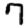
Digit: 7